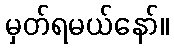
မှတ်ရမယ်နော်။